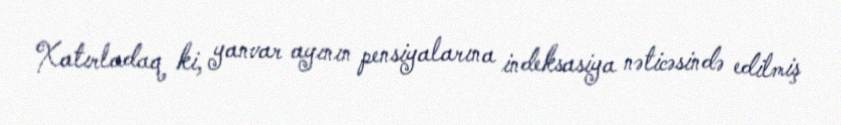
Xatırladaq ki, yanvar ayının pensiyalarına indeksasiya nəticəsində edilmiş